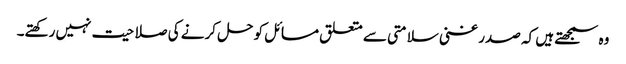
وہ سمجھتے ہیں کہ صدر غنی سلامتی سے متعلق مسائل کو حل کرنے کی صلاحیت نہیں رکھتے۔